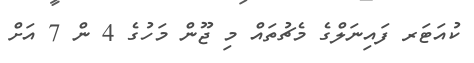
ކުއަޓަރ ފައިނަލްގެ މެޗުތައް މި ޖޫން މަހުގެ 4 ން 7 އަށް